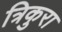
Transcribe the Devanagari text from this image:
त्रिकुरा